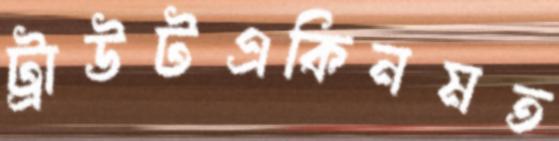
ট্রাউটএকিনমত